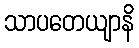
သာပတေယျာနိ